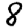
Digit: 8